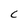
Character: C